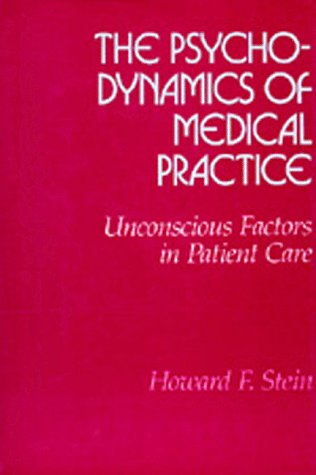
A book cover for The Psychodynamics of Medical Practice: Unconscious Factors in Patient Care; Howard F. Stein; Health, Fitness & Dieting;